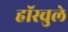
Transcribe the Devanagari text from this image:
हॉस्चुले